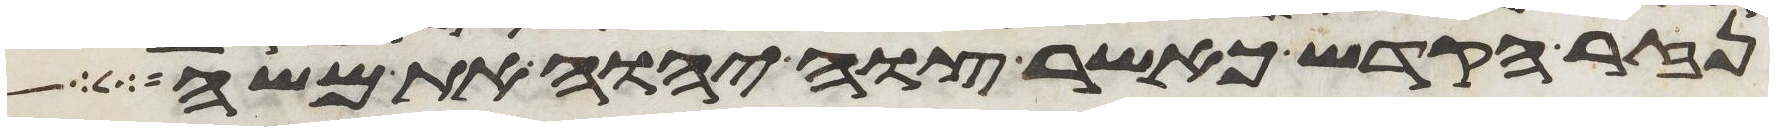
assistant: נזר הקדש כאשר צוה יהוה את משה